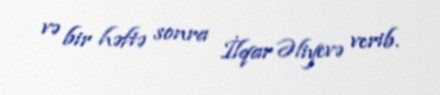
və bir həftə sonra İlqar Əliyevə verib.